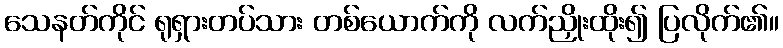
သေနတ်ကိုင် ရုရှားတပ်သား တစ်ယောက်ကို လက်ညှိုးထိုး၍ ပြလိုက်၏။